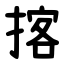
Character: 揢